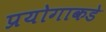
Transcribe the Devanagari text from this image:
प्रयोगाकडे